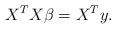
LaTeX: \begin{align*}X^TX\beta=X^Ty.\end{align*}